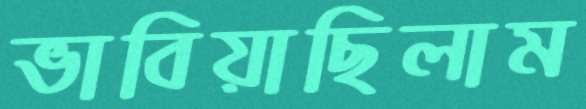
ভাবিয়াছিলাম